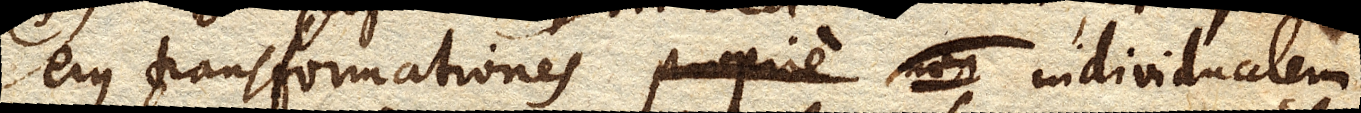
ejus transformationes individualem